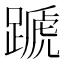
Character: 蹏